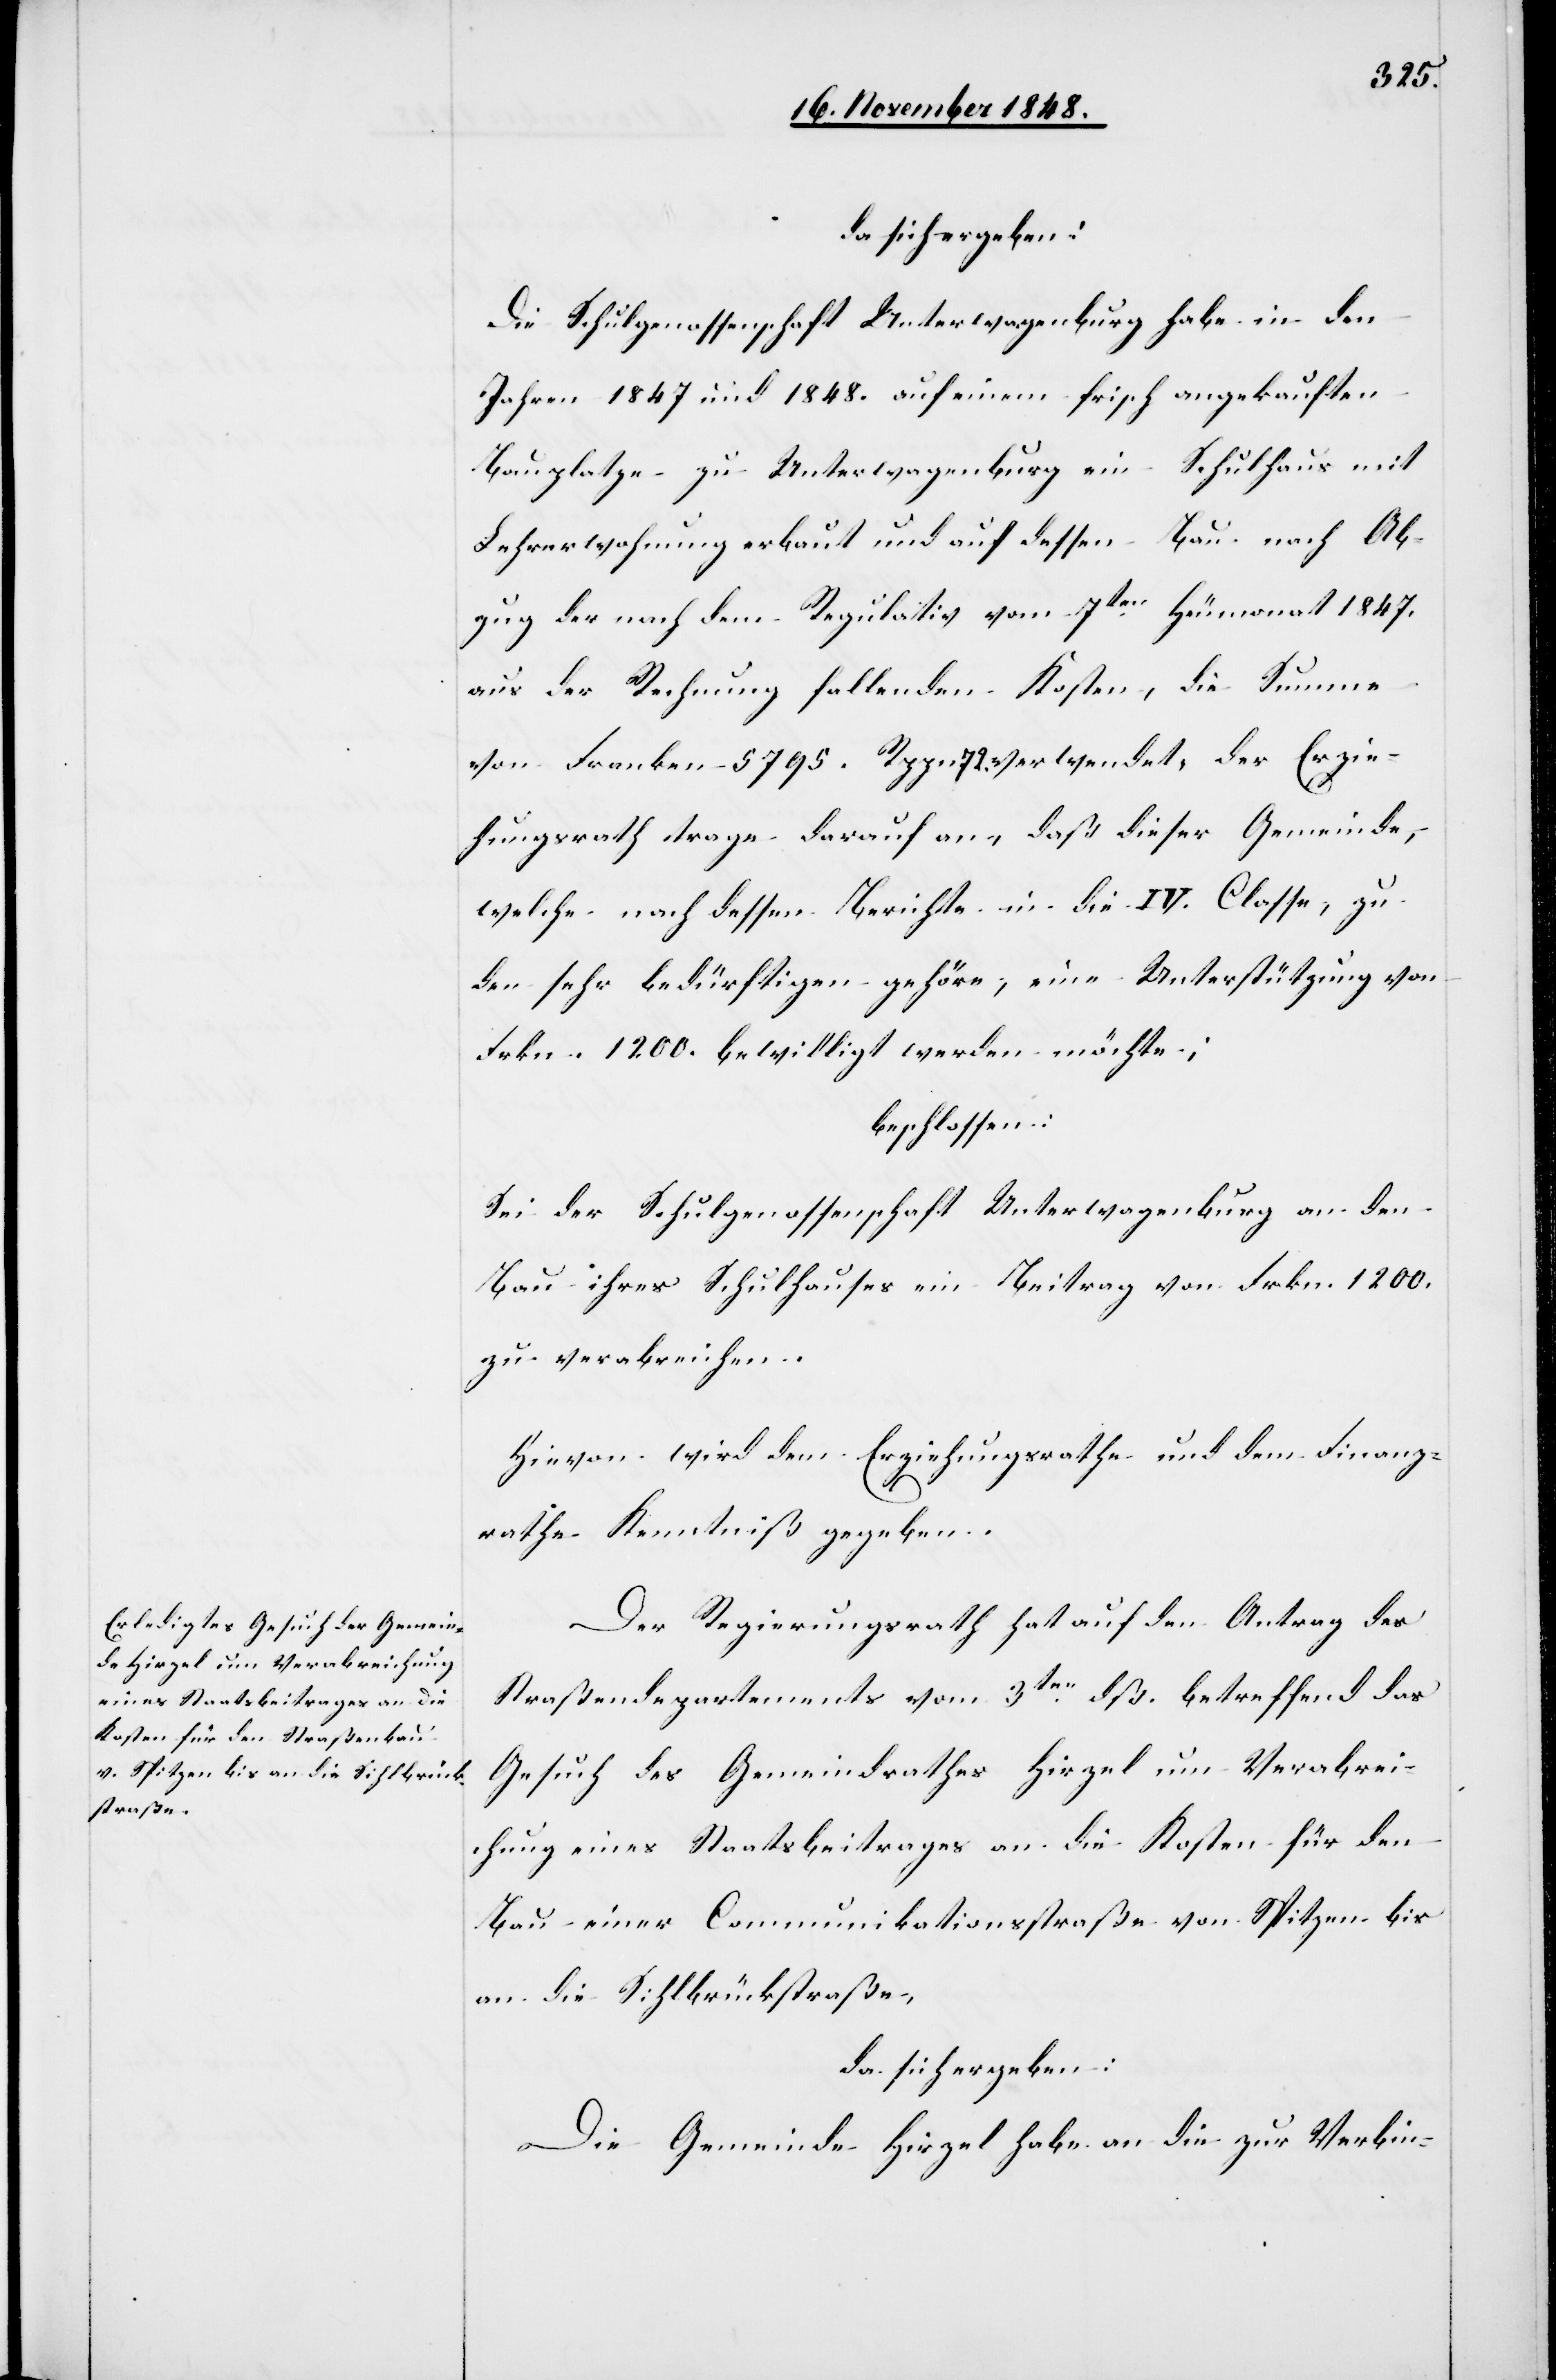
da sich ergeben:
Die Schulgenossenschaft Unterwagenburg habe in den
Jahren 1847. und 1848. auf einem frisch angekauften
Bauplatze zu Unterwagenburg ein Schulhaus mit
Lehrerwohnung erbaut und auf dessen Bau nach Ab¬
zug der nach dem Regulativ vom 7ten Heumonat 1847.
aus der Rechnung fallenden Kosten, die Summe
von Franken 5795. Rppn. 72. verwendet, der Erzie¬
hungsrath trage darauf an, daß dieser Gemeinde,
welche nach dessen Berichte in die IV. Classe, zu
den sehr bedürftigen gehöre, eine Unterstützung von
Frkn. 1200. bewilligt werden möchte;
beschlossen:
Sei der Schulgenossenschaft Unterwagenburg an den
Bau ihres Schulhauses ein Beitrag von Frkn. 1200.
zu verabreichen.
Hievon wird dem Erziehungsrathe und dem Finanz¬
rathe Kenntniß gegeben.
Der Regierungsrath hat auf den Antrag des
Straßendepartements vom 3ten d. betreffend das
Gesuch des Gemeindrathes Hirzel um Verabrei¬
chung eines Staatsbeitrages an die Kosten für den
Bau einer Communikationsstraße von Spitzen bis
an die Sihlbrückstraße,
da sich ergeben:
Die Gemeinde Hirzel habe an die zur Verbin-